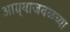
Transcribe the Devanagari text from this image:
आग्र्याजवळच्या